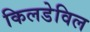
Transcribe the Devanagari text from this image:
किलडेविल